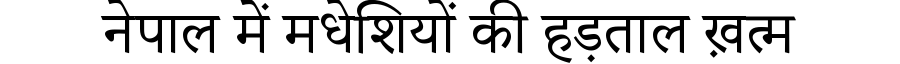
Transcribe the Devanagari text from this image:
नेपाल में मधेशियों की हड़ताल ख़त्म